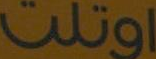
اوتلت